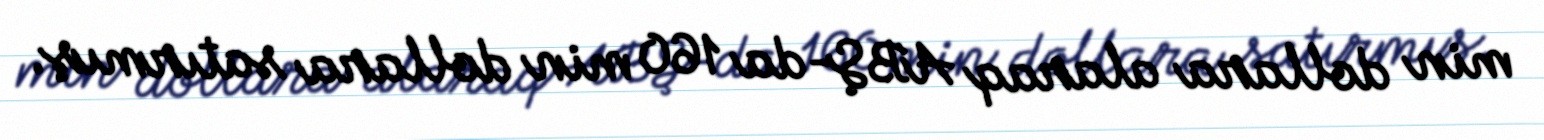
min dollara alaraq ABŞ-da 160 min dollara satırmış.